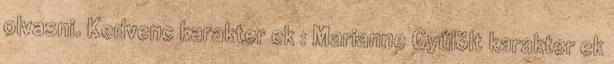
olvasni. Kedvenc karakter ek : Marianne Gyűlölt karakter ek